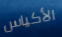
الأكياس